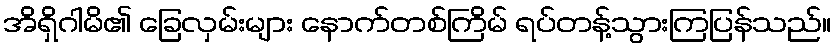
အိရှိဂါမိ၏ ခြေလှမ်းများ နောက်တစ်ကြိမ် ရပ်တန့်သွားကြပြန်သည်။